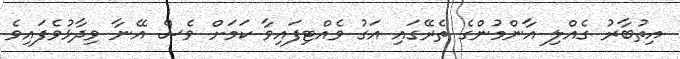
އިތުބާރު ގެއްލި އާންމުންގެ ތެރޭގައި އަގު ވެއްޓިފައިވާ ކަމަށް ވެސް އޭނާ ވިދާޅުވެފައިވެ